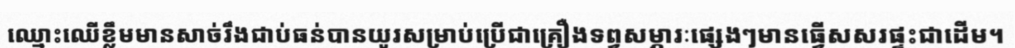
ឈ្មោះឈើខ្លឹមមានសាច់រឹងជាប់ធន់បានយូរសម្រាប់ប្រើជាគ្រឿងទព្វសម្ភារៈផ្សេងៗមានធ្វើសសរផ្ទះជាដើម។